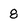
Character: 8